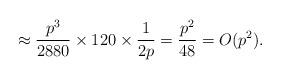
LaTeX: \begin{align*}\approx \frac{p^3}{2880} \times 120 \times \frac{1}{2p} = \frac{p^2}{48} = O(p^2).\end{align*}